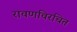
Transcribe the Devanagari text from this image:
रावणविरचित